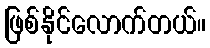
ဖြစ်နိုင်လောက်တယ်။